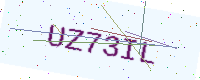
Text: UZ73IL